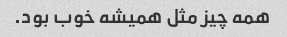
همه چیز مثل همیشه خوب بود.